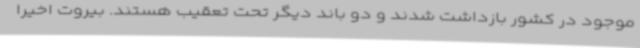
موجود در کشور بازداشت شدند و دو باند دیگر تحت تعقیب هستند. بیروت اخیرا